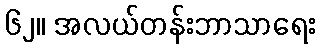
၆၂။ အလယ်တန်းဘာသာရေး